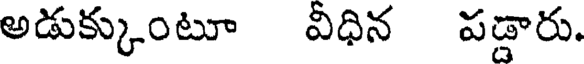
అడుక్కుంటూ విధిన పడ్డారు.